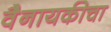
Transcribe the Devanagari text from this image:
वैनायकीचा